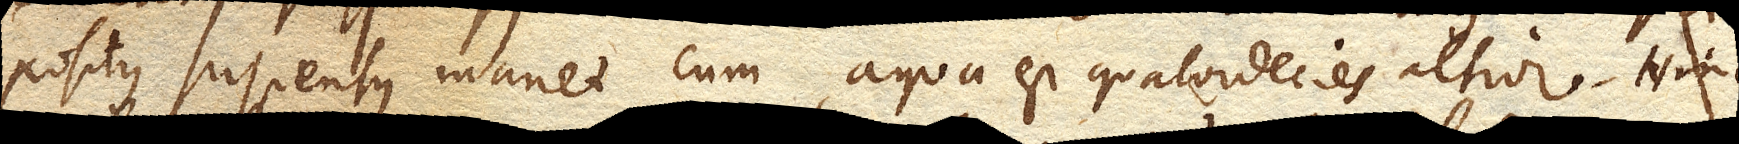
positus suspensus manet cum aqua est quaterdecies altior. Hinc